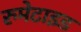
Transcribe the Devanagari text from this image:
रुमेटाइड